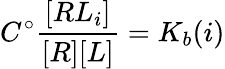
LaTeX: C^{\circ}\frac{[RL_{i}]}{[R][L]}=K_{b}(i)